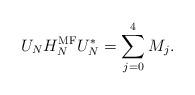
LaTeX: \begin{align*}U_NH_N^{\operatorname{MF}}U^*_N=\sum_{j=0}^4 M_j.\end{align*}